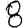
Digit: 8